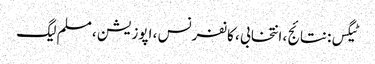
ٹیگس: نتائج ، انتخابی ، کانفرنس ، اپوزیشن ، مسلم لیگ